Vaccination in Burma 1889-1999 - 1889-1999
Year: 1889
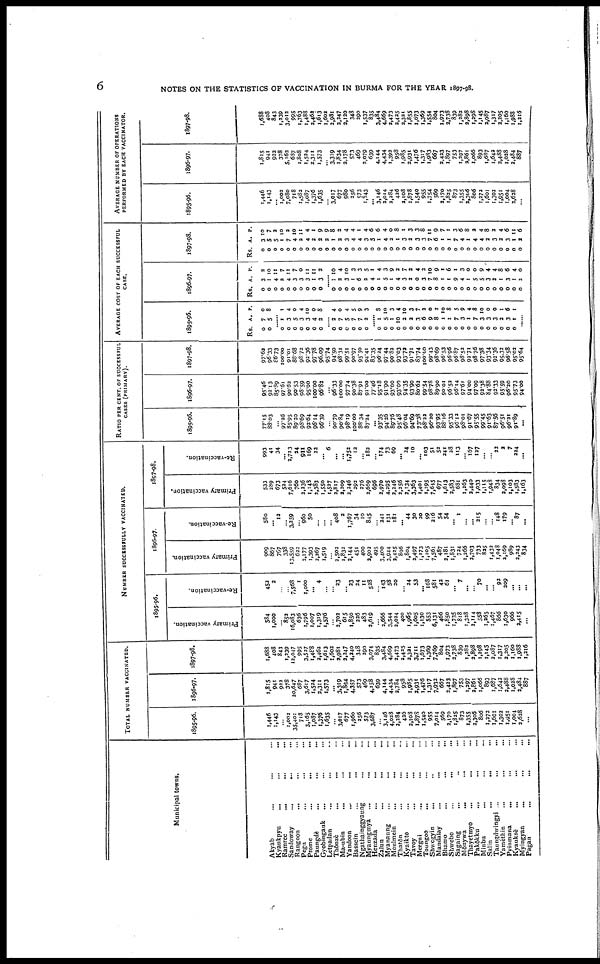
6
NOTES ON THE STATISTICS OF VACCINATION IN BURMA FOR THE YEAR 1897-98.
Municipal towns.
Akyab
... ... ...
Kyaukpyu
...
...
...
Ramree
...
... ...
Sandoway
...
... ...
Rangoon
... ... ...
Pegu
...
... ...
Prome
...
... ...
Panngdè
...
...
...
Gyobingauk
...
Letpadan ... ... ...
Thônzè ... ... ...
Ma-ubin
... ... ...
Yandoon
...
...
...
Bassein ... ... ...
Ngathainggyaung ... ...
Myaungmya
...
... ...
Henzada ... ... ...
Zalun
...
... ...
Myanaung ... ... ...
Moulmein
...
...
...
Thatôn ... ... ...
Kyaikto
...
... ...
Tavoy ... ... ...
Mergui ... ... ...
Toungoo
... ... ...
Shwegyin ... ... ...
Mandalay
...
... ...
Bhamo
...
...
...
Shwebo
...
... ...
Sagaing ... ... ...
Mônywa
... ... ...
Thayetmyo
... ... ...
Pakôkku
... ... ...
Minbu
... ... ...
Salin ... ... ...
Taungdwingyi ... ... ...
Yamèthin
... ... ...
Pyinmana
...
... ...
Kyauksè
...
...
...
Myingyan ... ... ...
Pagan
...
...
...
TOTAL NUMBER VACCINATED.
1895-96.
1,446
1,143
...
1,003
35,401
718
3,165
1,087
1,376
1,635
...
3,017
677
1,960
256
573
3,687
...
3,146
4,028
2,284
436
2,108
1,878
1,540
955
7,014
569
2,170
1,825
873
1,355
2,306
806
1,272
1,601
1,302
1,951
1,004
2,628
...
1896-97.
1,815
941
922
378
20,647
687
3,617
1,524
2,311
1,573
...
3,319
1,834
4,357
573
469
4,158
639
4,144
4,434
2,784
958
1,985
2,931
1,476
1,317
7,932
667
2,423
1,897
753
1,297
2,861
1,066
893
1,687
1,642
2,488
1,028
2,484
887
l897-98.
1,688
408
843
1,239
12,047
995
3,527
1,488
2,462
1,613
1,602
2,98l
3,247
4,240
348
290
3,074
835
3,484
4,669
2,473
2,425
2,321
3,711
1,673
1,369
7,769
804
1,973
2,738
839
1,282
2,898
1,298
1,145
2,087
1,317
2,205
1,160
1,988
1,216
NUMBER SUCCESSFULLY VACCINATED.
1895-96.
Primary vaccination.
584
1,000
...
852
16,083
636
1,796
1,007
1,319
1,576
...
2,702
615
1,850
226
483
2,619
...
2,666
3,544
2,024
400
1,965
1,605
1,130
553
6,131
466
1,850
1,735
818
1,338
2,114
558
1,265
1,467
866
1,630
966
2,415
...
Re-vaccination.
452
2
...
...
7,568
1
1,000
... 4
...
...
23
...
23
24
11
528
...
143
58
30
...
24
53
... 168
581
42
61
... 7
...
... 70
...
...
92
209
...
...
...
1896-97.
Primary vaccination.
909
867
767
338
13,559
622
2,177
1,393
3,267
1,519
...
2,502
1,832
2,144
451
400
2,902
495
3,400
3,944
2,425
896
1,804
2,497
1,173
1,105
7,561
487
2,181
1,831
724
1,266
2,703
733
825
1,432
1,048
2,169
989
2,243
834
Re-vaccination.
580
... 12
...
3,259
...
960
50
...
...
...
408
2
1,767
34
10
845
...
241
131
181
... 44
30
20
99
216
54
54
... 1
...
... 315
...
...
148
179
... 87
...
1897-98.
Primary vaccination.
533
289
673
524
7,616
760
2,236
1,143
2,383
1,550
1,527
2,817
2,209
2,246
292
276
2,659
696
2,970
4,295
2,246
2,256
2,134
3,363
1,401
1,195
7,645
677
1,613
2,583
681
1,263
2,440
1,033
1,115
1,948
834
2,098
1,103
1,583
1,163
Re-vaccination.
993
41
34
...
2,723
24
911
169
22
... 6
...
...
1,752
12
...
182
...
174
73
69
... 24
10
... 103
51
52
241
28
113
...
167
127
...
...
22
2
7
224
...
RATIO PER CENT. OF SUCCESSFUL
CASES (PRIMARY).
1895-96.
77.15
88.03
...
97.26
85.95
89.20
98.69
92.64
96.14
96.39
...
90.79
90.84
98.19
100.00
88.34
87.24
...
93.35
94.26
89.76
95.48
96.04
94.69
73.38
98.22
96.20
93.95
88.16
95.33
96.12
98.01
91.67
95.55
99.45
91.63
87.56
96.51
96.21
91.89
...
1896-97.
95.46
92.13
85.89
97.61
90.62
90.53
98.59
95.00
100.00
96.82
...
96.33
100.00
97.74
90.38
87.91
91.00
77.46
95.18
91.90
93.00
93.00
94.35
93.90
80.62
99.54
98.78
89.90
90.01
96.52
96.14
97.61
94.00
97.09
93.38
84.88
93.33
95.59
96.20
95.73
94.00
1897-98.
97.62
96.33
86.73
100.00
91.01
88.68
98.72
92.36
97.78
96.09
95.74
94.50
98.31
99.51
90.97
95.50
94.41
83.35
96.24
97.44
90.82
93.03
93.72
91.71
83.74
100.00
99.43
98.69
96.53
96.96
96.87
98.52
92.71
98.76
97.38
93.34
93.36
95.32
96.58
95.02
95.64
AVERAGE COST OF EACH SUCCESSFUL
CASE.
1895-96.
Rs.
0
0
A.
7
5
P.
0
8
......
0
0
0
0
0
0
0
1
3
5
3
3
4
2
1
4
0
4
10
0
8
......
0
0
0
0
0
0
2
7
5
7
7
2
4
0
4
5
9
3
......
0
0
0
0
0
0
0
0
0
0
0
0
0
0
0
0
0
0
0
0
0
0
1
5
1
10
2
3
3
6
9
8
1
1
7
3
1
7
3
3
3
2
3
1
8
10
3
4
10
3
7
2
0
2
10
8
5
9
4
8
10
0
0
1
6
1
......
1896-97.
Rs.
0
0
0
0
0
0
0
0
0
0
A.
3
1
4
2
4
3
3
3
1
3
P.
2
10
11
7
11
7
0
11
11
2
......
0
0
0
0
0
0
0
0
0
0
0
0
0
0
0
0
0
0
0
0
0
0
0
0
0
0
0
0
0
0
1
2
3
1
6
2
4
1
5
1
4
3
2
0
3
7
8
1
1
9
4
1
5
5
3
2
1
3
1
2
10
4
10
3
3
5
1
4
3
9
2
7
2
4
3
10
9
1
6
1
3
0
0
9
4
4
8
6
4
0
1897-98.
Rs.
0
0
0
0
0
0
0
0
0
0
0
0
0
0
0
0
0
0
0
0
0
0
0
0
0
0
0
0
0
0
0
0
0
0
0
0
0
0
0
0
0
A.
3
5
5
1
7
4
2
4
2
2
2
1
2
3
4
4
3
5
1
4
2
1
3
2
3
3
7
6
1
1
7
4
1
4
4
2
3
2
3
1
2
P.
10
7
2
10
2
10
11
4
1
9
9
8
2
4
4
1
4
6
6
4
0
8
1
3
3
8
11
9
7
1
3
6
8
2
4
8
2
4
6
11
6
AVERAGE NUMBER OF OPERATIONS
PERFORMED BY EACH VACCINATOR.
1895-96.
1,446
1,143
...
1,002
7,080
718
1,582
1,087
1,376
1,635
...
3,017
677
980
256
573
1,843
...
3,146
2,014
2,284
426
2,108
1,878
1,540
955
1,754
569
2,170
1,825
873
1,355
2,306
806
1,272
1,601
1,302
1,951
1,004
2,628
...
1896-97.
1,815
941
922
378
5,162
687
1,808
1,524
2,311
1,573
... 3,319
1,834
2,178
573
469
2,079
639
4,144
4,434
1,393
958
1,985
2,931
1,476
1,317
1,983
667
2,433
1,897
753
1,297
2,861
1,066
893
1,687
1,642
2,488
1,628
2,484
887
1897-98.
1,688
408
843
1,239
3,012
995
1,763
1,488
2,462
1,613
1,602
2,981
2,247
2,120
348
290
1,537
835
3,484
4,669
2,473
3,435
2,321
1,855
1,673
1,369
1,554
804
1,973
2,738
839
1,282
2,898
1,298
1,145
2,087
1,317
2,205
1,160
1,988
1,216